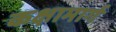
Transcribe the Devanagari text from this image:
कक्षामार्ग